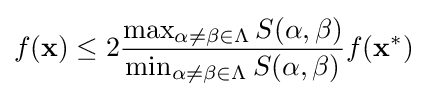
f(\mathbf {x} )\leq 2{\frac {\max _{\alpha \neq \beta \in \Lambda }S(\alpha ,\beta )}{\min _{\alpha \neq \beta \in \Lambda }S(\alpha ,\beta )}}f(\mathbf {x} ^{*})